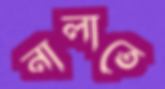
নালাতে